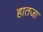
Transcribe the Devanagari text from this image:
हातजा